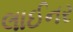
લાઈનર